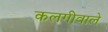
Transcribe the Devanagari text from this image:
कलगीवाले